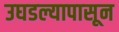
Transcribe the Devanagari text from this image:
उघडल्यापासून